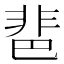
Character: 𩇯